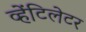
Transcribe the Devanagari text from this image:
व्हेंटिलेटर